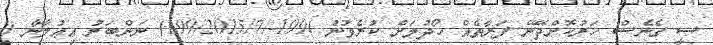
ސީ ގެނެސް ހަރުކޮށްދޭނޭ ފަރާތެއް ހޯދުމަށް ކުރެވުނު )199-/199/2015/7) ނަންބަރު އިޢުލާނާ (